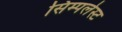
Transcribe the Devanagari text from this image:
सिम्पलेस्ट